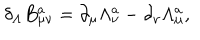
LaTeX: \delta _ { \Lambda } B _ { \mu \nu } ^ { a } = \partial _ { \mu } \Lambda _ { \nu } ^ { a } - \partial _ { \nu } \Lambda _ { \mu } ^ { a } ,